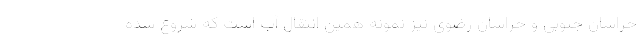
خراسان جنوبی و خراسان رضوی نیز نمونه همین انتقال آب است که شروع شده